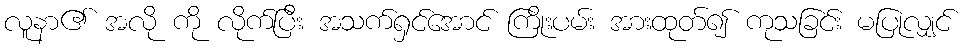
လူနာ၏ အလို ကို လိုက်ပြီး အသက်ရှင်အောင် ကြိုးပမ်း အားထုတ်၍ ကုသခြင်း မပြုလျှင်